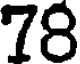
78